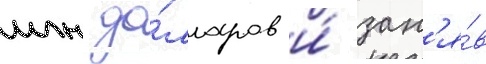
млн до́лларов и́ зан'я́в